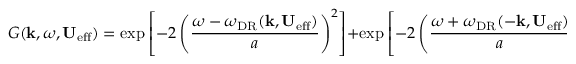
G ( \mathbf { k } , \omega , \mathbf { U } _ { \mathrm { e f f } } ) = \mathrm { e x p } \left[ - 2 \left( \frac { \omega - \omega _ { \mathrm { D R } } ( \mathbf { k } , \mathbf { U } _ { \mathrm { e f f } } ) } { a } \right) ^ { 2 } \right] + \mathrm { e x p } \left[ - 2 \left( \frac { \omega + \omega _ { \mathrm { D R } } ( - \mathbf { k } , \mathbf { U } _ { \mathrm { e f f } } ) } { a } \right) ^ { 2 } \right] ,